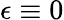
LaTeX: \epsilon\equiv 0